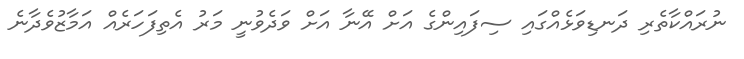
ނުރައްކާތެރި ދަނޑިވަޅެއްގައި ސިފައިންގެ އަށް އޭނާ އަށް ވަދެވުނީ މަރު އެތިފަހަރެއް އަމާޒުވެދާނެ